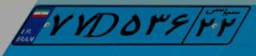
۷۷D۵۳۶۲۲